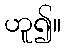
ဟူ၍။